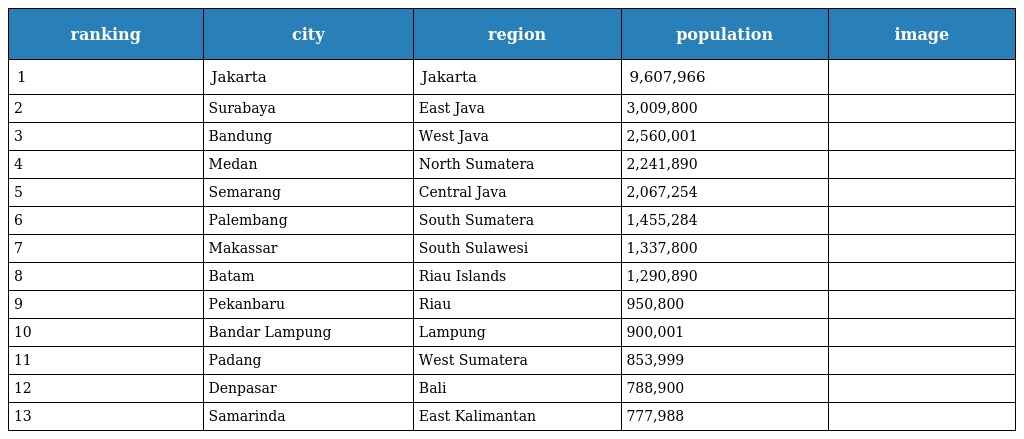
| ranking | city | region | population | image |
 | --- | --- | --- | --- | --- |
 | 1 | Jakarta | Jakarta | 9,607,966 |  |
 | 2 | Surabaya | East Java | 3,009,800 |  |
 | 3 | Bandung | West Java | 2,560,001 |  |
 | 4 | Medan | North Sumatera | 2,241,890 |  |
 | 5 | Semarang | Central Java | 2,067,254 |  |
 | 6 | Palembang | South Sumatera | 1,455,284 |  |
 | 7 | Makassar | South Sulawesi | 1,337,800 |  |
 | 8 | Batam | Riau Islands | 1,290,890 |  |
 | 9 | Pekanbaru | Riau | 950,800 |  |
 | 10 | Bandar Lampung | Lampung | 900,001 |  |
 | 11 | Padang | West Sumatera | 853,999 |  |
 | 12 | Denpasar | Bali | 788,900 |  |
 | 13 | Samarinda | East Kalimantan | 777,988 |  |